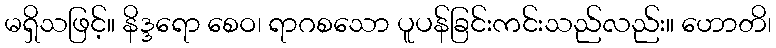
မရှိသဖြင့်။ နိဒ္ဒရော စေဝ၊ ရာဂစသော ပူပန်ခြင်းကင်းသည်လည်း။ ဟောတိ၊